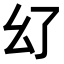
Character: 𢆳